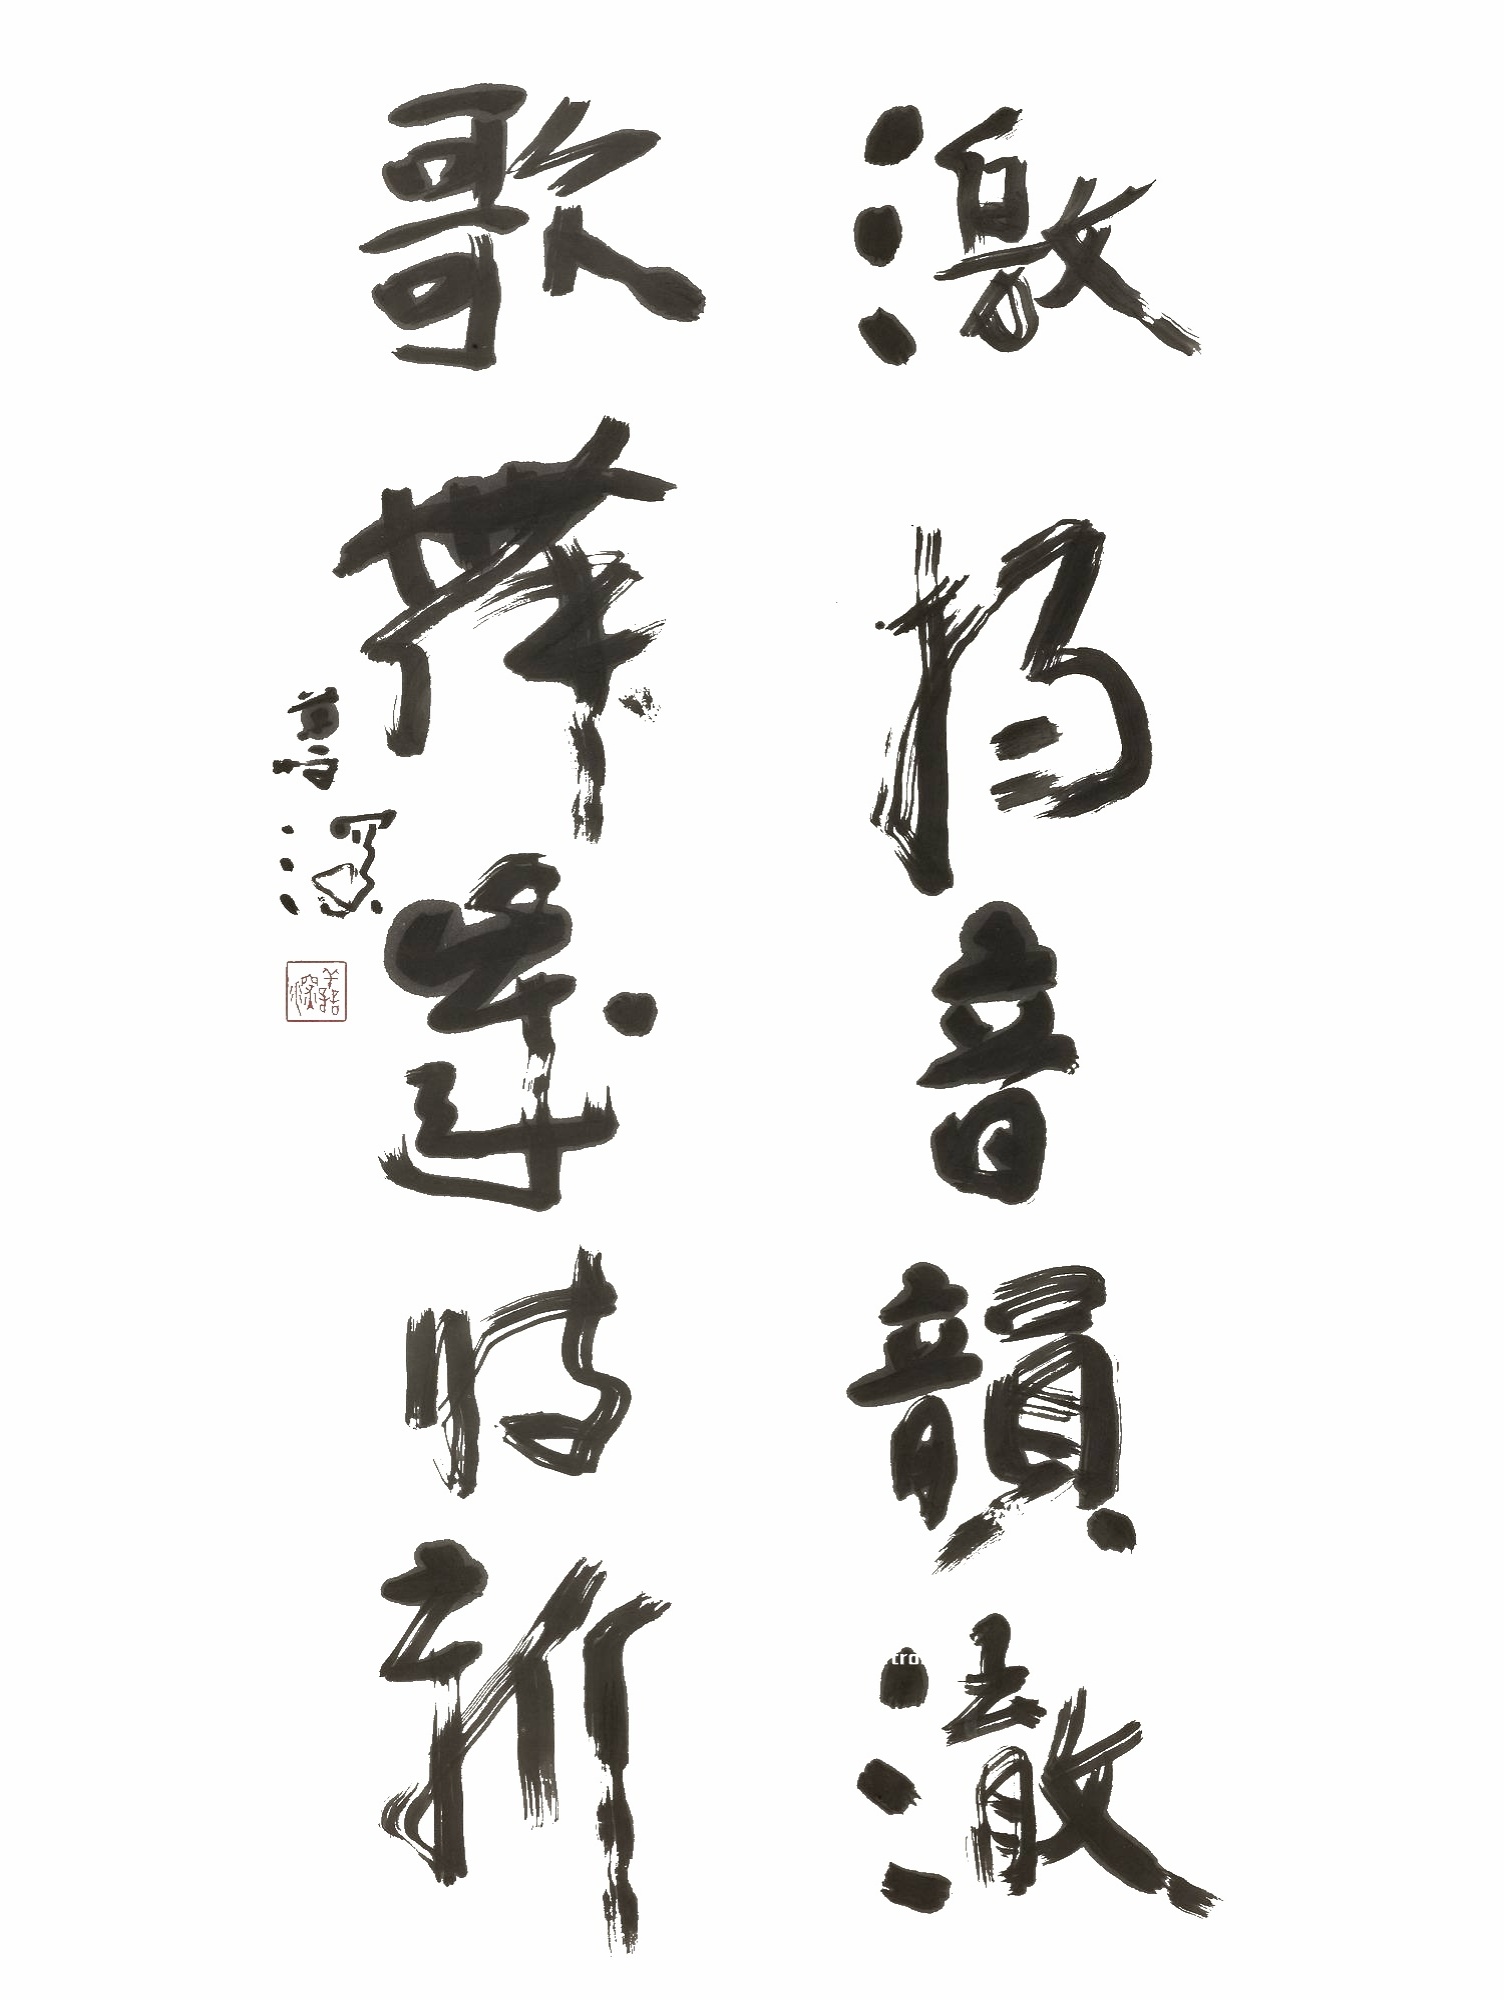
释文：激扬音韵澈，歌舞岁时新。善深。